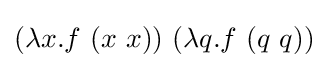
(\lambda x.f\ (x\ x))\ (\lambda q.f\ (q\ q))